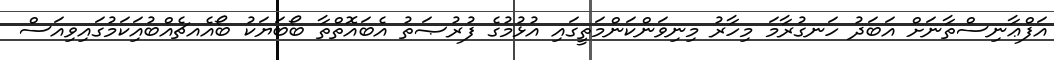
އަފްޢާނިސްތާނަށް އަބަދު ހަނގުރާމަ މިހާރު މިނިވަންކަންމަތީގައި އުޅުމުގެ ފުރުޞަތު އެބައޮތްތާ ބޯބަޔަކު ބޯއެއޗެއްބުއަިކަމުގައިވިއަސް